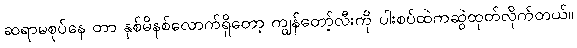
ဆရာမစုပ်နေ တာ နှစ်မိနစ်လောက်ရှိတော့ ကျွန်တော့်လီးကို ပါးစပ်ထဲကဆွဲထုတ်လိုက်တယ်။